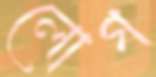
লোগ